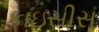
કાઇસીસ